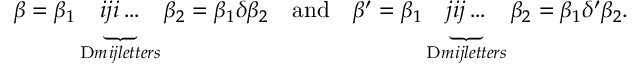
\beta = \beta _ { 1 } \underbrace { i j i \dots } _ { \mathrm { Ḋ } m _ { Ḋ } i j Ḍ l e t t e r s Ḍ } \beta _ { 2 } = \beta _ { 1 } \delta \beta _ { 2 } \quad \mathrm { a n d } \quad \beta ^ { \prime } = \beta _ { 1 } \underbrace { j i j \dots } _ { \mathrm { Ḋ } m _ { Ḋ } i j Ḍ l e t t e r s Ḍ } \beta _ { 2 } = \beta _ { 1 } \delta ^ { \prime } \beta _ { 2 } .